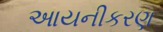
આયનીકરણ